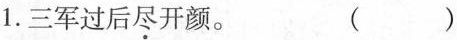
1.三军过后尽开颜。 ()